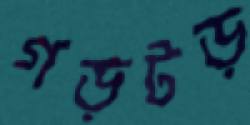
গড়টড়